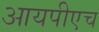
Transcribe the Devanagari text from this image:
आयपीएच